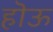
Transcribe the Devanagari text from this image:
हॊऊ